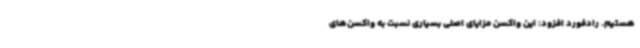
هستیم. رادفورد افزود: این واکسن مزایای اصلی بسیاری نسبت به واکسن‌های